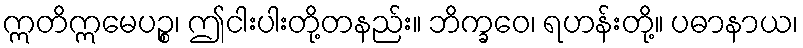
ဣတိဣမေပဉ္စ၊ ဤငါးပါးတို့တနည်း။ ဘိက္ခဝေ၊ ရဟန်းတို့။ ပဓာနာယ၊